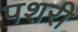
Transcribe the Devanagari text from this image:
पशरी